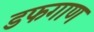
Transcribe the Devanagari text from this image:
डफगाण